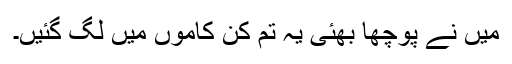
میں نے پوچھا بھئی یہ تم کن کاموں میں لگ گئیں۔